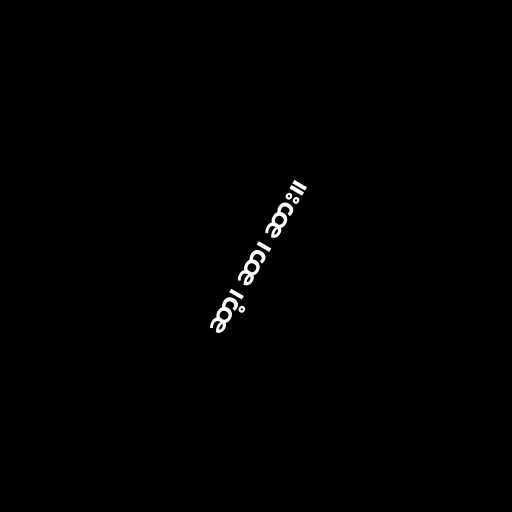
ဆာ့၊ ဆာ၊ ဆား။